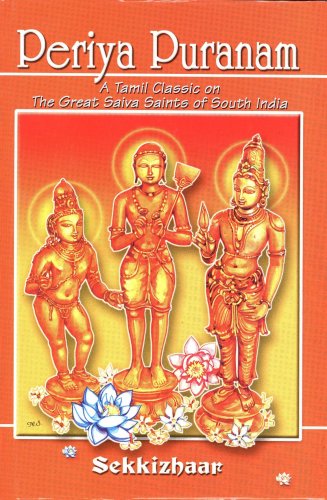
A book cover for Periya Puranam: A Tamil Classic on the Great Saiva Saints of South India (English Translation); Sekkizhaar; Religion & Spirituality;